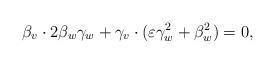
LaTeX: \begin{align*} \beta_v\cdot 2\beta_w\gamma_w + \gamma_v\cdot(\varepsilon\gamma_w^2+\beta_w^2) = 0,\end{align*}